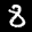
Label: 8